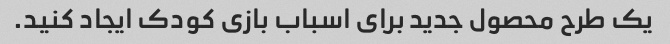
یک طرح محصول جدید برای اسباب بازی کودک ایجاد کنید.